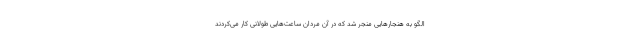
الگو به هنجارهایی منجر شد که در آن مردان ساعت‌هایی طولانی کار می‌کردند